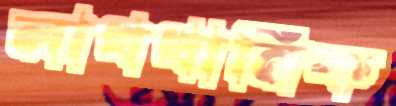
লাখখানিক